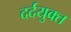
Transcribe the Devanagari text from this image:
दर्दयुक्त